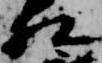
相